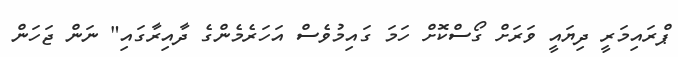
ޕްރައިމަރީ ދިޔައީ ވަރަށް ގޯސްކޮށް ހަމަ ގައިމުވެސް އަހަރެމެންގެ ދާއިރާގައި" ނަން ޖަހަން